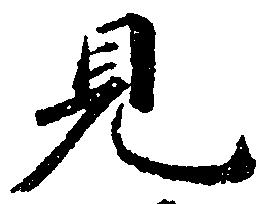
見